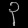
Digit: ၃